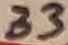
Text: 33